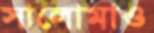
সালোমাও